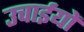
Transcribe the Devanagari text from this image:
उचाईयों